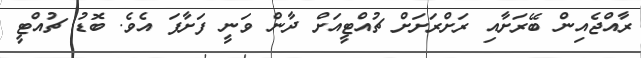
ރާއްޖެއިން ބޭރަށާއި ރަށްރަށަށް ޗުއްޓީއަށް ދާން ވަނީ ފަށާފަ އެވެ. ބޮޑު ޗުއްޓީ